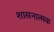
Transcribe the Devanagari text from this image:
शासनात्मक